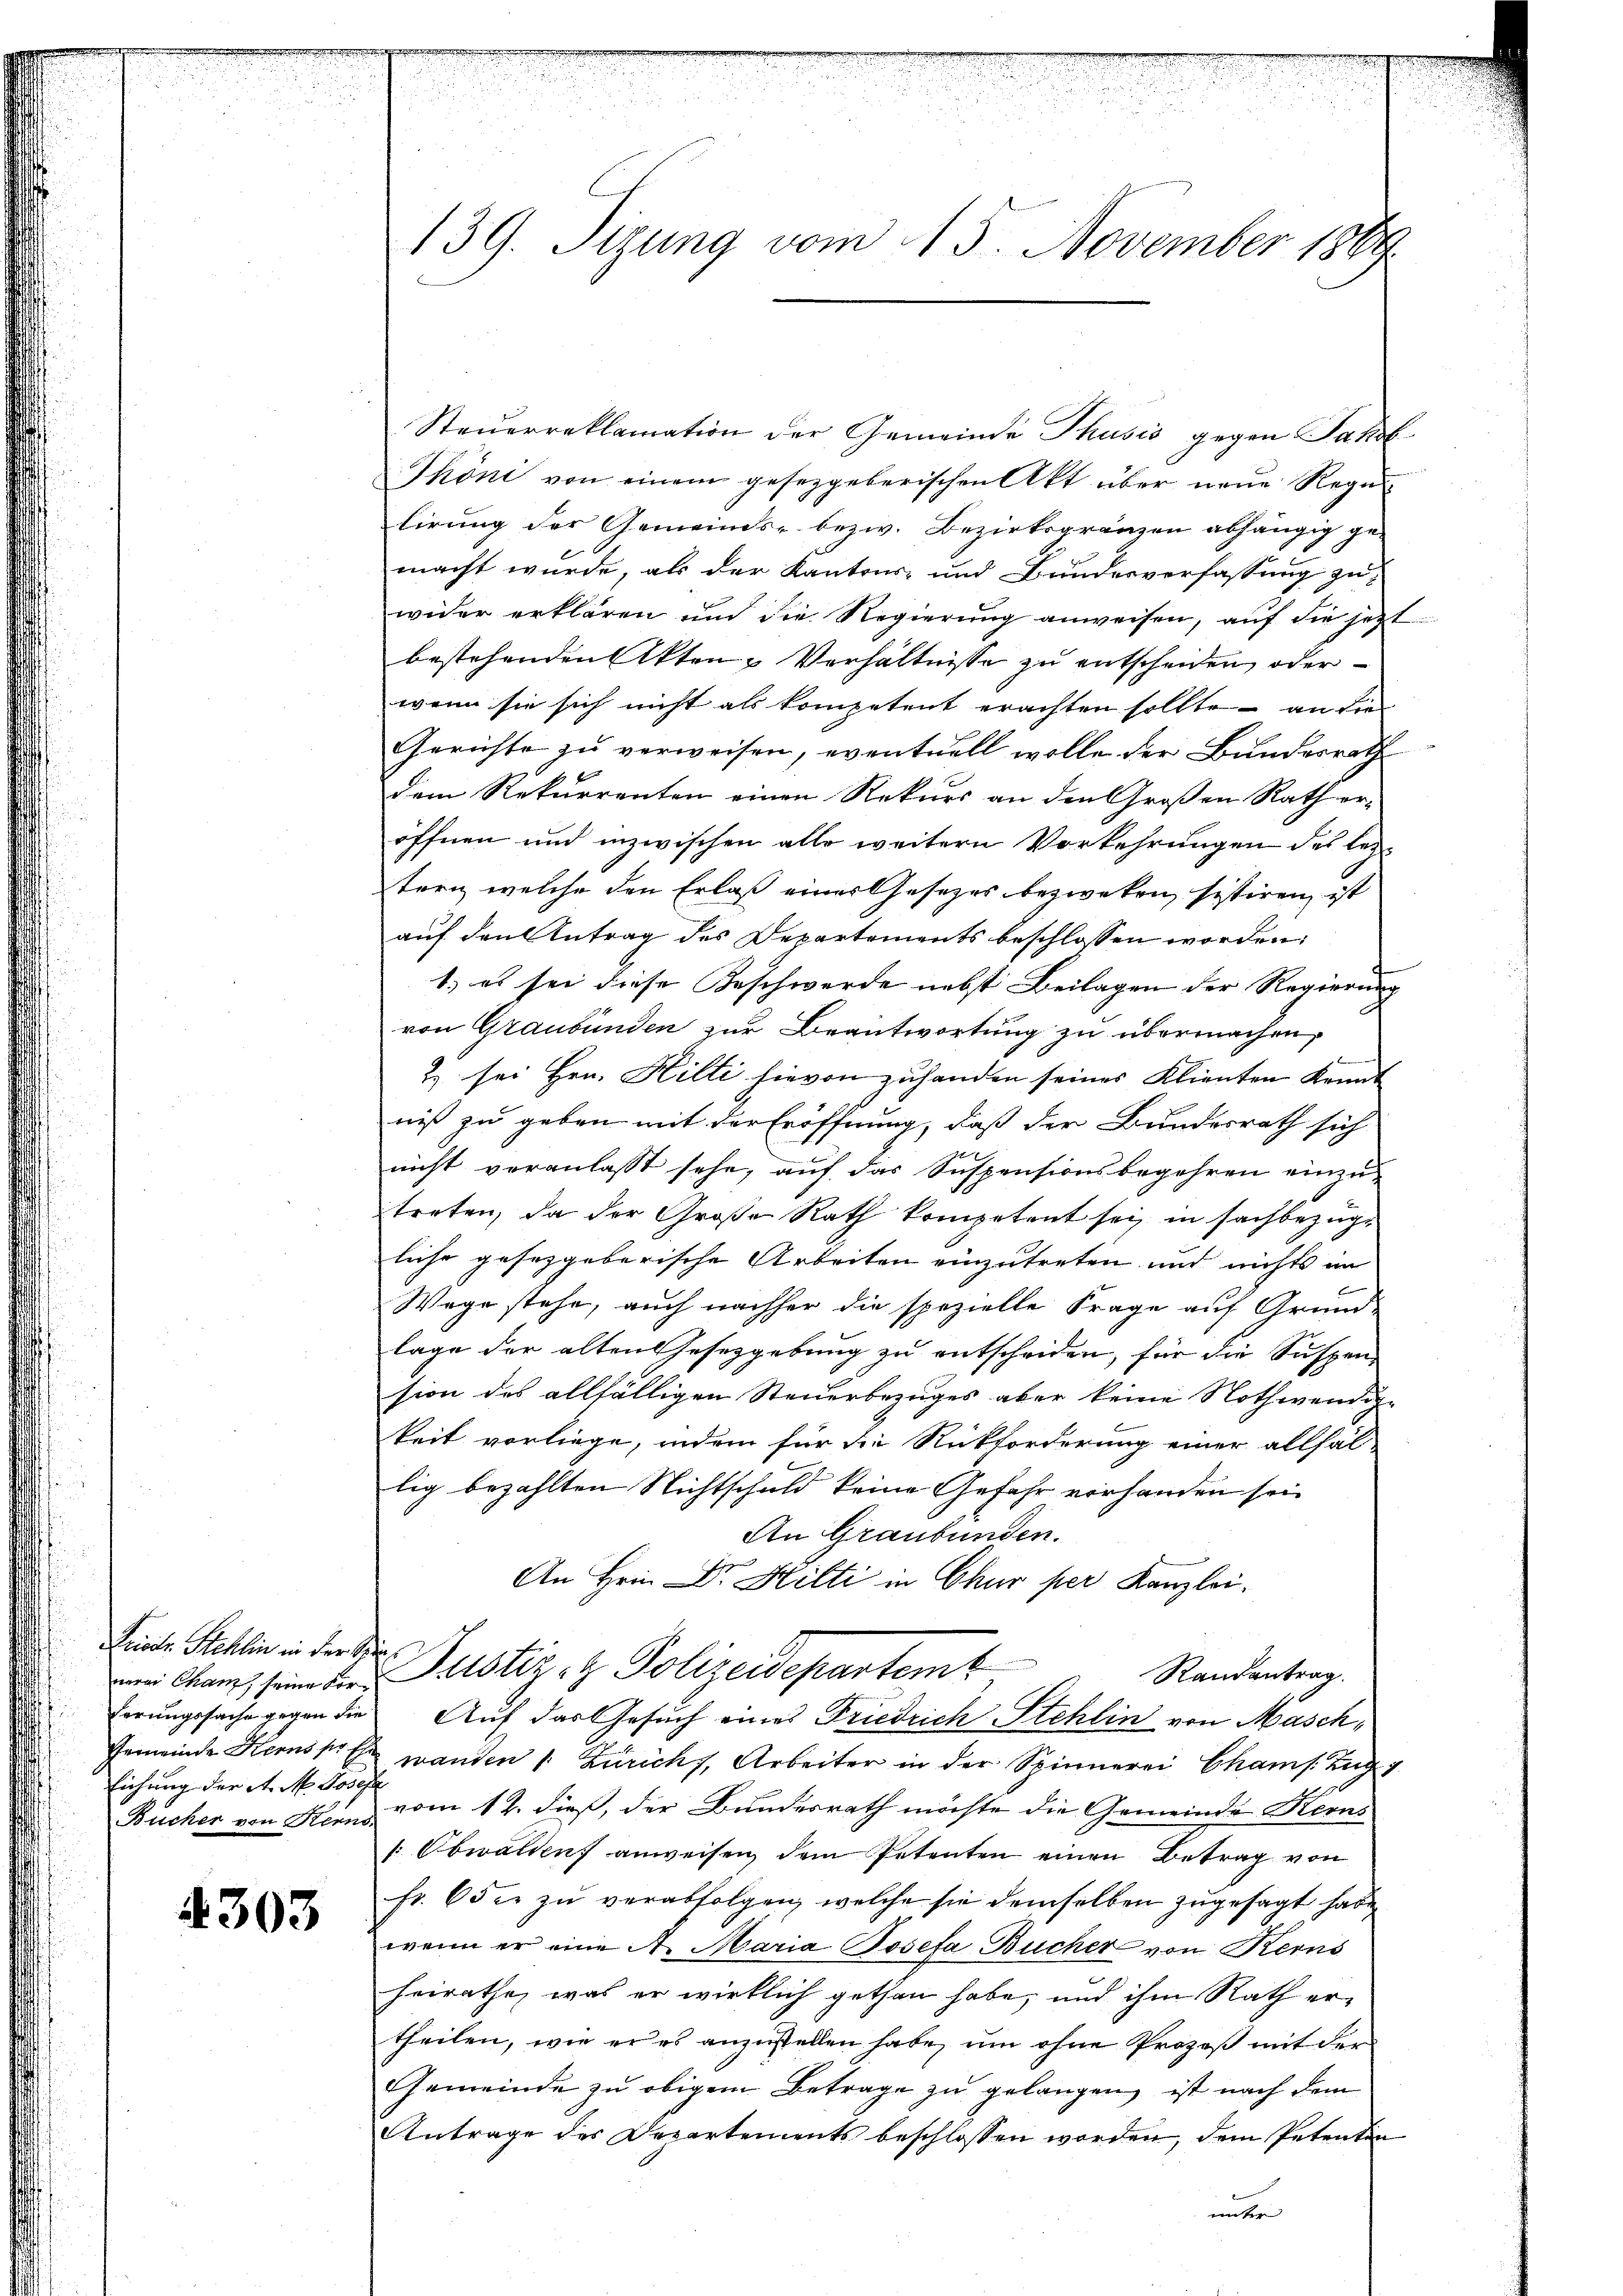
Puisite Stehlin in der Schieferungssache gegen die
Gemeinde Kerns pr Ehe
Eichung der A. M. Josefa

4303

139. Sizung vom 15. November 1889.

Steŭerreklamation der Gemeinde Thusis gegen Jakob
Thöni von einem gesetzgeberischen Akt über neue Rege
lirung der Gemeinds- bezw. Bezirksgränzen abhängig gemacht wurde, als der Kantons- und Bundesverfassung zu
wider erklären und die Regierŭng anweisen, auf die jetzt
bestehenden Akten Verhältnisse zu entscheiden oder
wenn sie sich nicht als kompetent erachten sollte – an die
Gerichte zu verweisen, eventuell wolle der Bundesrath
dem Rekurrenten einen Rekurs an den Großen Rath er-
öffnen und inzwischen alle weitern Vorkehrungen des leztern, welche den Erlaß einer Gesezes bezweken, sistiren ist
auf den Antrag des Departements beschlossen worden.
1) es sei diese Beschwerde nebst Beilagen der Regierung
von Graubünden zur Beantwortung zu übermachen,
2) sei Hrn. Hilti hievon zuhanden seines Klienten Kennt
niß zu geben mit der Eröffnung, daß der Bundesrath sich
nicht veranlasst sehe, auf das Suspensionsbegehren einzu-
treten, da der Große Rath kompetent sei, in sachbezügliche gesetzgeberische Arbeiten einzutreten und nichts im
Wege stehe, auch nachher die spezielle Frage auf Grund-
lage der alten Gesetzgebung zu entscheiden, für die Suspen
sion des allfälligen Steuerbezuges aber keine Nothwendig-
keit vorliege, indem für die Rückforderung einer allfal-
lig bezahlten Nichtschuld keine Gefahr vorhanden sei.
An Graubünden.
An Hrn. Dr. Hilti in Chur per Kanzlei.
dem Cham, seine die Justiz- & Polizeidepartemt
Randantrag
Auf das Gesuch eines Friedrich Stehlin von Maschwanden 1. Zürichs, Arbeiter in der Spinnerei Chams zug
Bücher von Kern vom 12. dieß, der Bundesrath möchte die Gemeinde Herns
[Obwalden anweisen dem Petenten einen Betrag von
fr. 6 der zu verabfolgen, welche sie demselben zugesagt habe,
wenn er eine A. Maria Josefa Bücher von Kerns
heirathe, was er wirklich gethan habe, und ihm Rath ertheilen, wie er es anzustellen habe, um ohne Prozeß mit der
Gemeinde zu obigem Betrage zu gelangen, ist nach dem
Antrage des Departements beschlossen worden, dem Petentin
unter